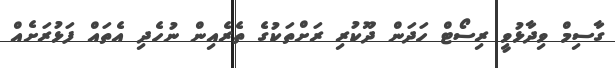
ގާސިމް ވިދާޅުވީ ރިސޯޓް ހަދަން ދޫކުރި ރަށްތަކުގެ ތެރެއިން ނުހެދި އެތައް ފަޅުރަށެއް